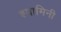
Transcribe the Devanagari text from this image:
श्यामिनी